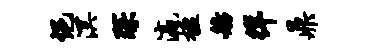
悒溟琛瀛楹舫徉鼎